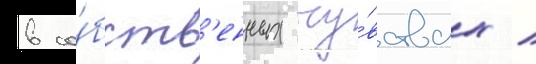
в со́бств'енных чу́вствах /